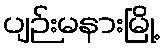
ပျဉ်းမနားမြို့